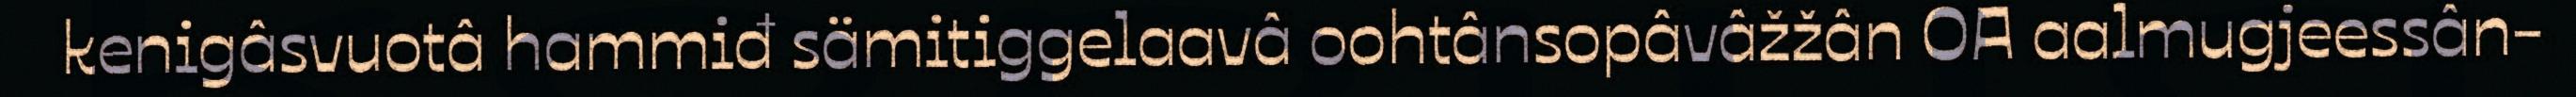
kenigâsvuotâ hammiđ sämitiggelaavâ oohtânsopâvâžžân OA aalmugjeessân-